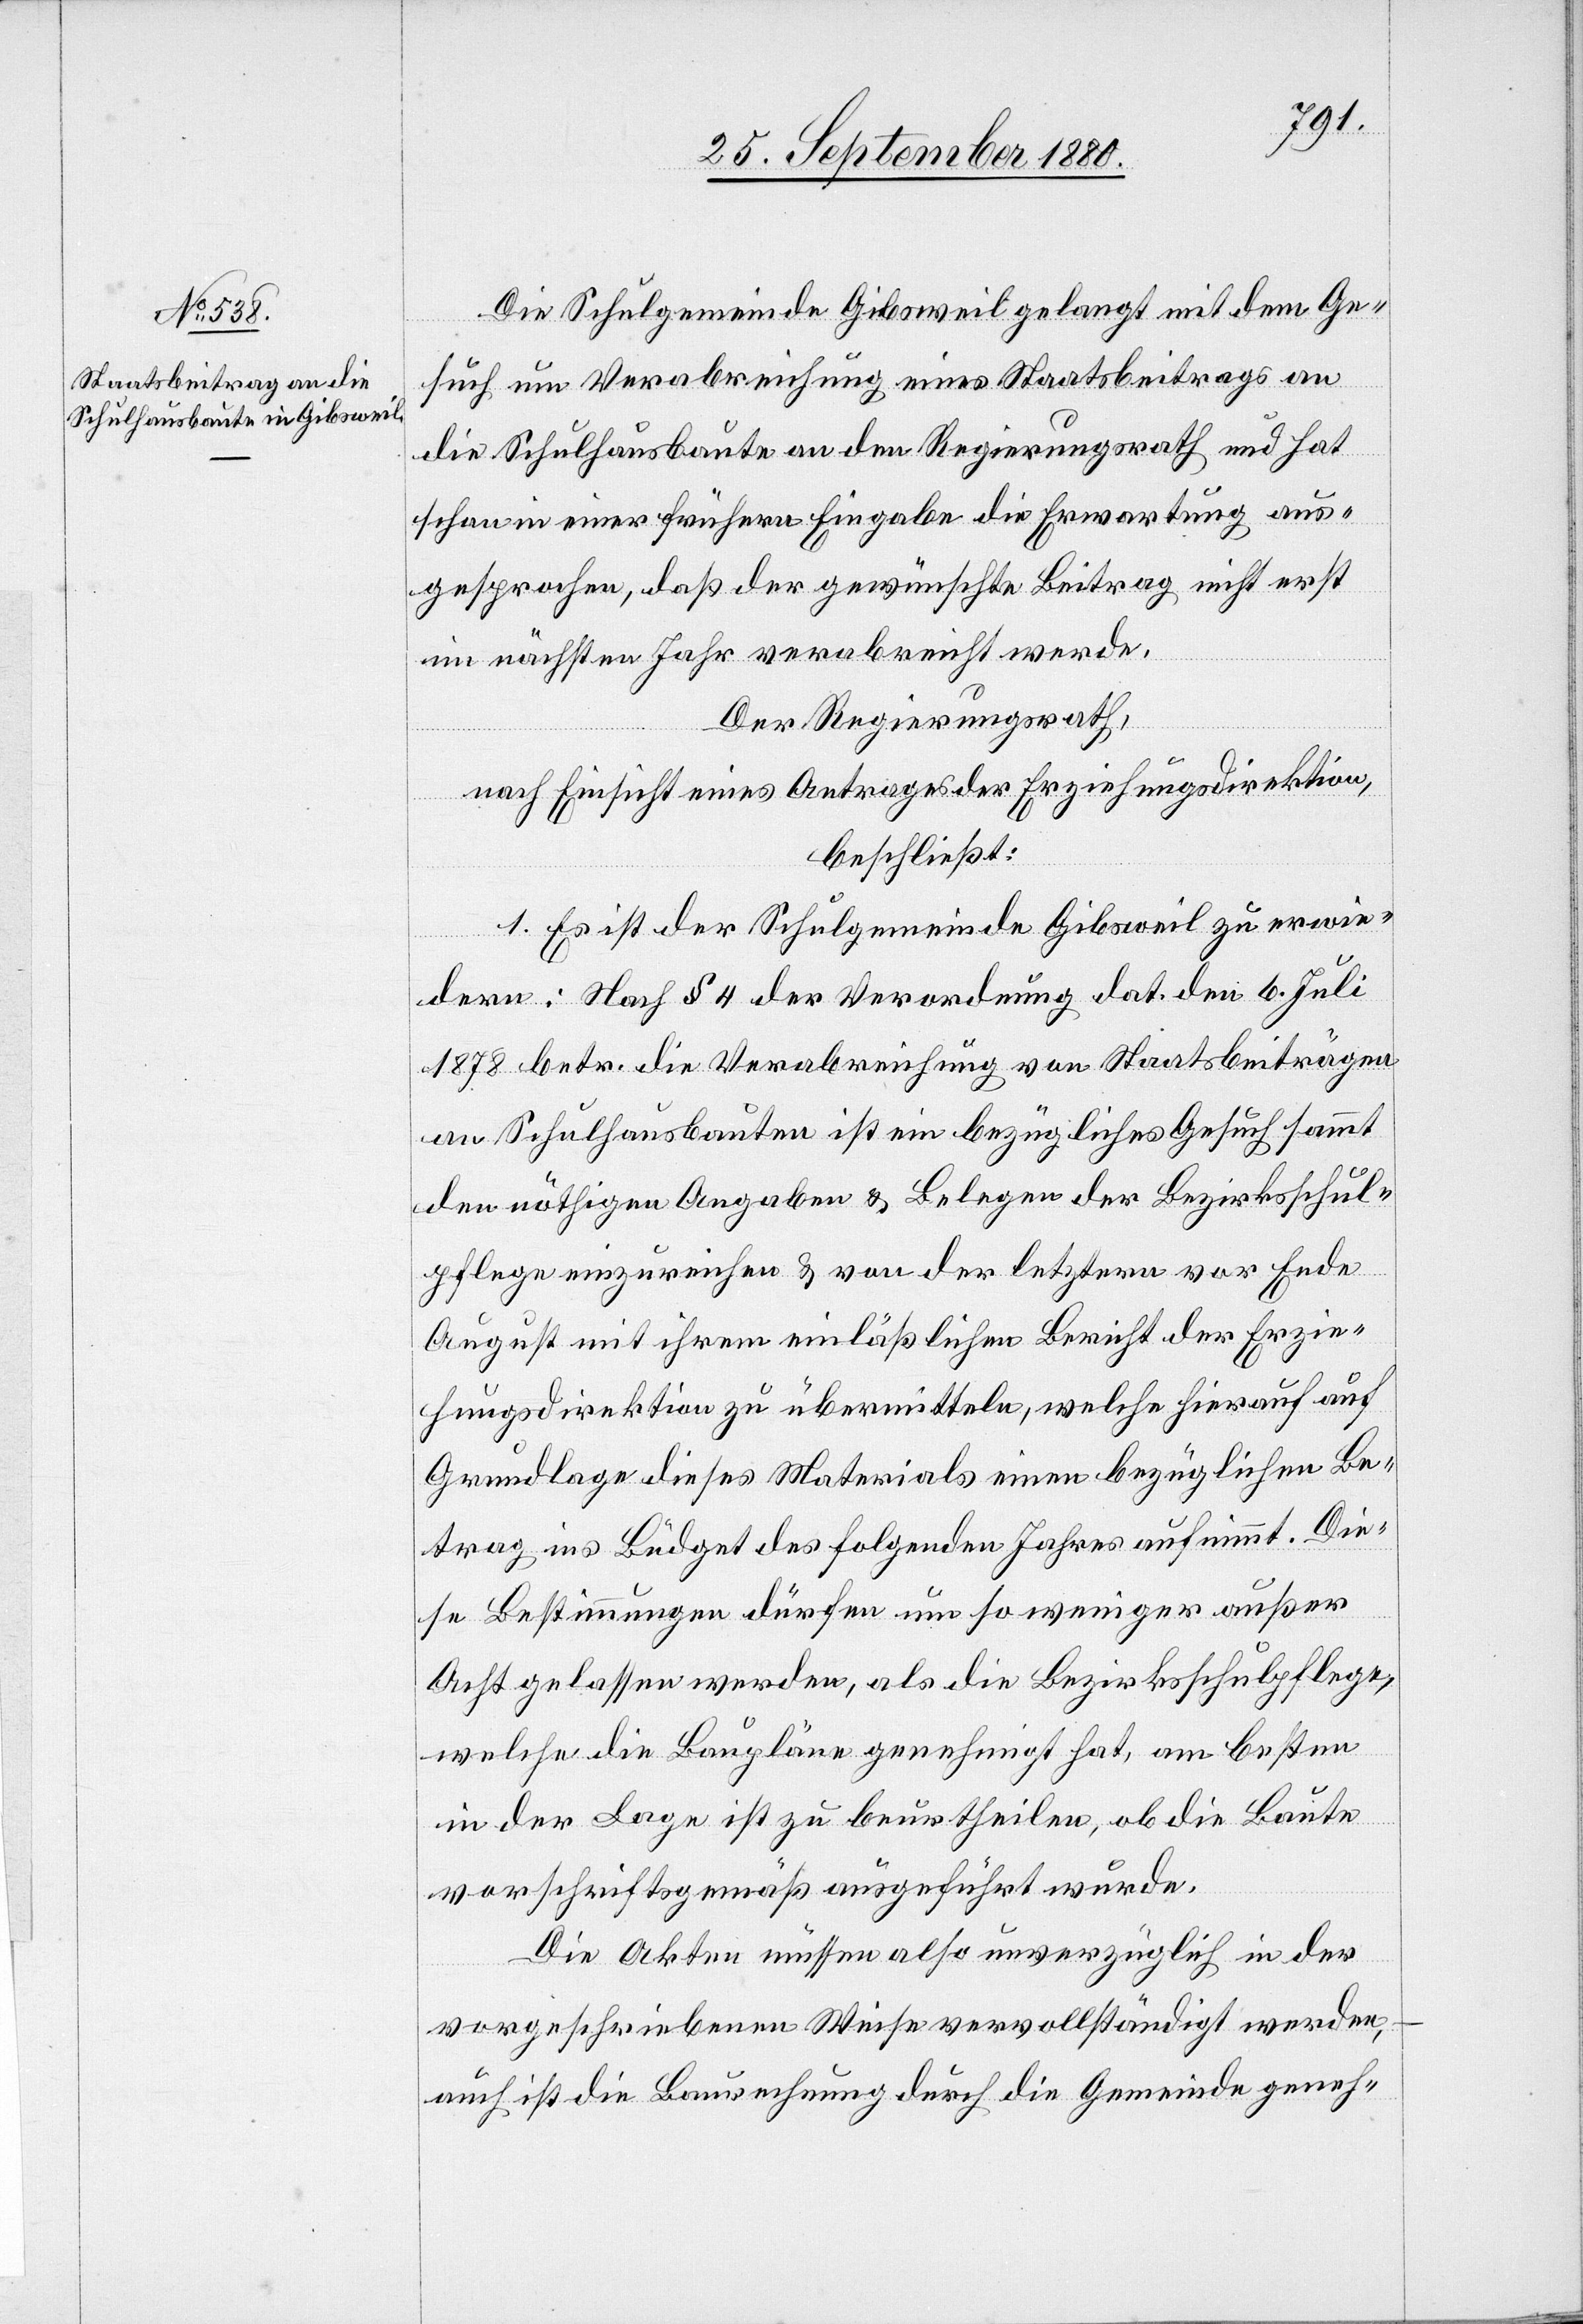
Die Schulgemeinde Gibsweil gelangt mit dem Ge¬
such um Verabreichung eines Staatsbeitrages an
die Schulhausbaute an den Regierungsrath und hat
schon in einer frühern Eingabe die Erwartung aus¬
gesprochen, daß der gewünschte Beitrag nicht erst
im nächsten Jahr verabreicht werde.
Der Regierungsrath,
nach Einsicht eines Antrages der Erziehungsdirektion,
beschließt:
1. Es ist der Schulgemeinde Gibsweil zu erwie¬
dern: Nach § 4 der Verordnung dat. den 6. Juli
1878 betr. die Verabreichung von Staatsbeiträgen
an Schulhausbauten ist ein bezügliches Gesuch sammt
den nöthigen Angaben & Belegen der Bezirksschul¬
pflege einzureichen & von der letzern vor Ende
August mit ihrem einläßlichen Bericht der Erzie¬
hungsdirektion zu übermitteln, welche hierauf auf
Grundlage dieses Materials einen bezüglichen Be¬
trag ins Budget des folgenden Jahres aufnimmt. Die¬
se Bestimmungen dürfen um so weniger außer
Acht gelassen werden, als die Bezirksschulpflege,
welche die Baupläne genehmigt hat, am besten
in der Lage ist zu beurtheilen, ob die Baute
vorschriftsgemäß ausgeführt wurde.
Die Akten müssen also unverzüglich in der
vorgeschriebenen Weise vervollständigt werden,
auch ist die Baurechnung durch die Gemeinde geneh-